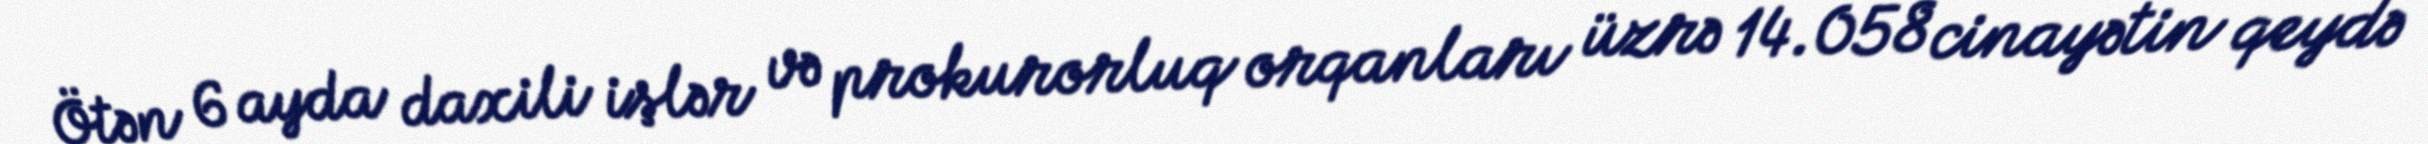
Ötən 6 ayda daxili işlər və prokurorluq orqanları üzrə 14.058 cinayətin qeydə